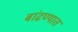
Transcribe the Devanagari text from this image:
बांढण्यात